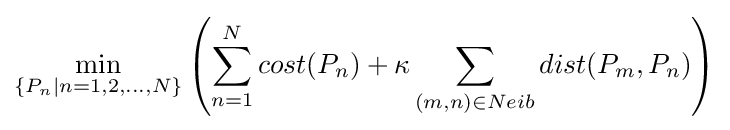
\min _{\{P_{n}|n=1,2,...,N\}}\left(\sum _{n=1}^{N}cost(P_{n})+\kappa \sum _{(m,n)\in Neib}dist(P_{m},P_{n})\right)